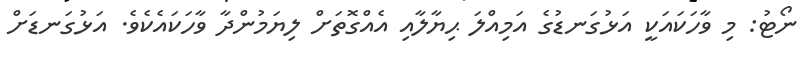
ނޯޓު: މި ވާހަކައަކީ އަޅުގަނޑުގެ އަމިއްލަ ޙިޔާލާއި އެއްގޮތަށް ލިޔަމުންދާ ވާހަކައެކެވެ. އަޅުގަނޑަށް